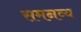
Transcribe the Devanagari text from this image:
समनव्य